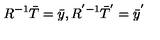
R ^ { - 1 } \bar { T } = \bar { y } , R ^ { ' - 1 } \bar { T } ^ { ' } = \bar { y } ^ { ' }